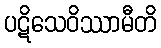
ပဋိသေဝိဿာမီတိ